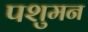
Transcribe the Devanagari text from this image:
पशुमन